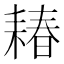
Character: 𫅽